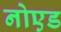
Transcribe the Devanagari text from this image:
नोएड